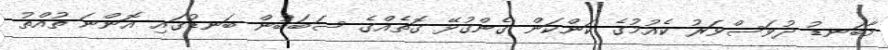
މާބަނޑު ދުވަސްވަރު ކެއުމުގެ ކަންކަން ގެންގުޅޭ ގޮތެއްގެ ސަބަބުން ބަނޑުގައި އޮންނަ ތުއްތު